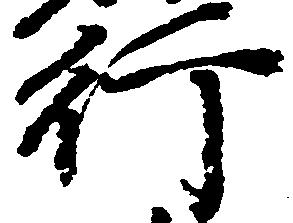
行